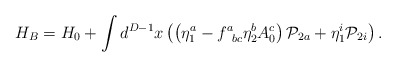
\begin{align*}H_B=H_0+\int d^{D-1}x\left( \left( \eta _1^a-f_{\;\;bc}^a\eta_2^bA_0^c\right) {\cal P}_{2a}+\eta _1^i{\cal P}_{2i}\right) .\end{align*}